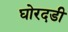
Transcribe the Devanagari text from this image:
घोरदडी